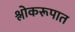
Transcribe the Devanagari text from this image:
श्लोकरूपात